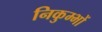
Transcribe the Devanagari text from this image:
निकुम्भों